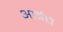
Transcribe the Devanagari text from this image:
अाईचे